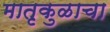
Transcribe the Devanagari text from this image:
मातृकुळाचा